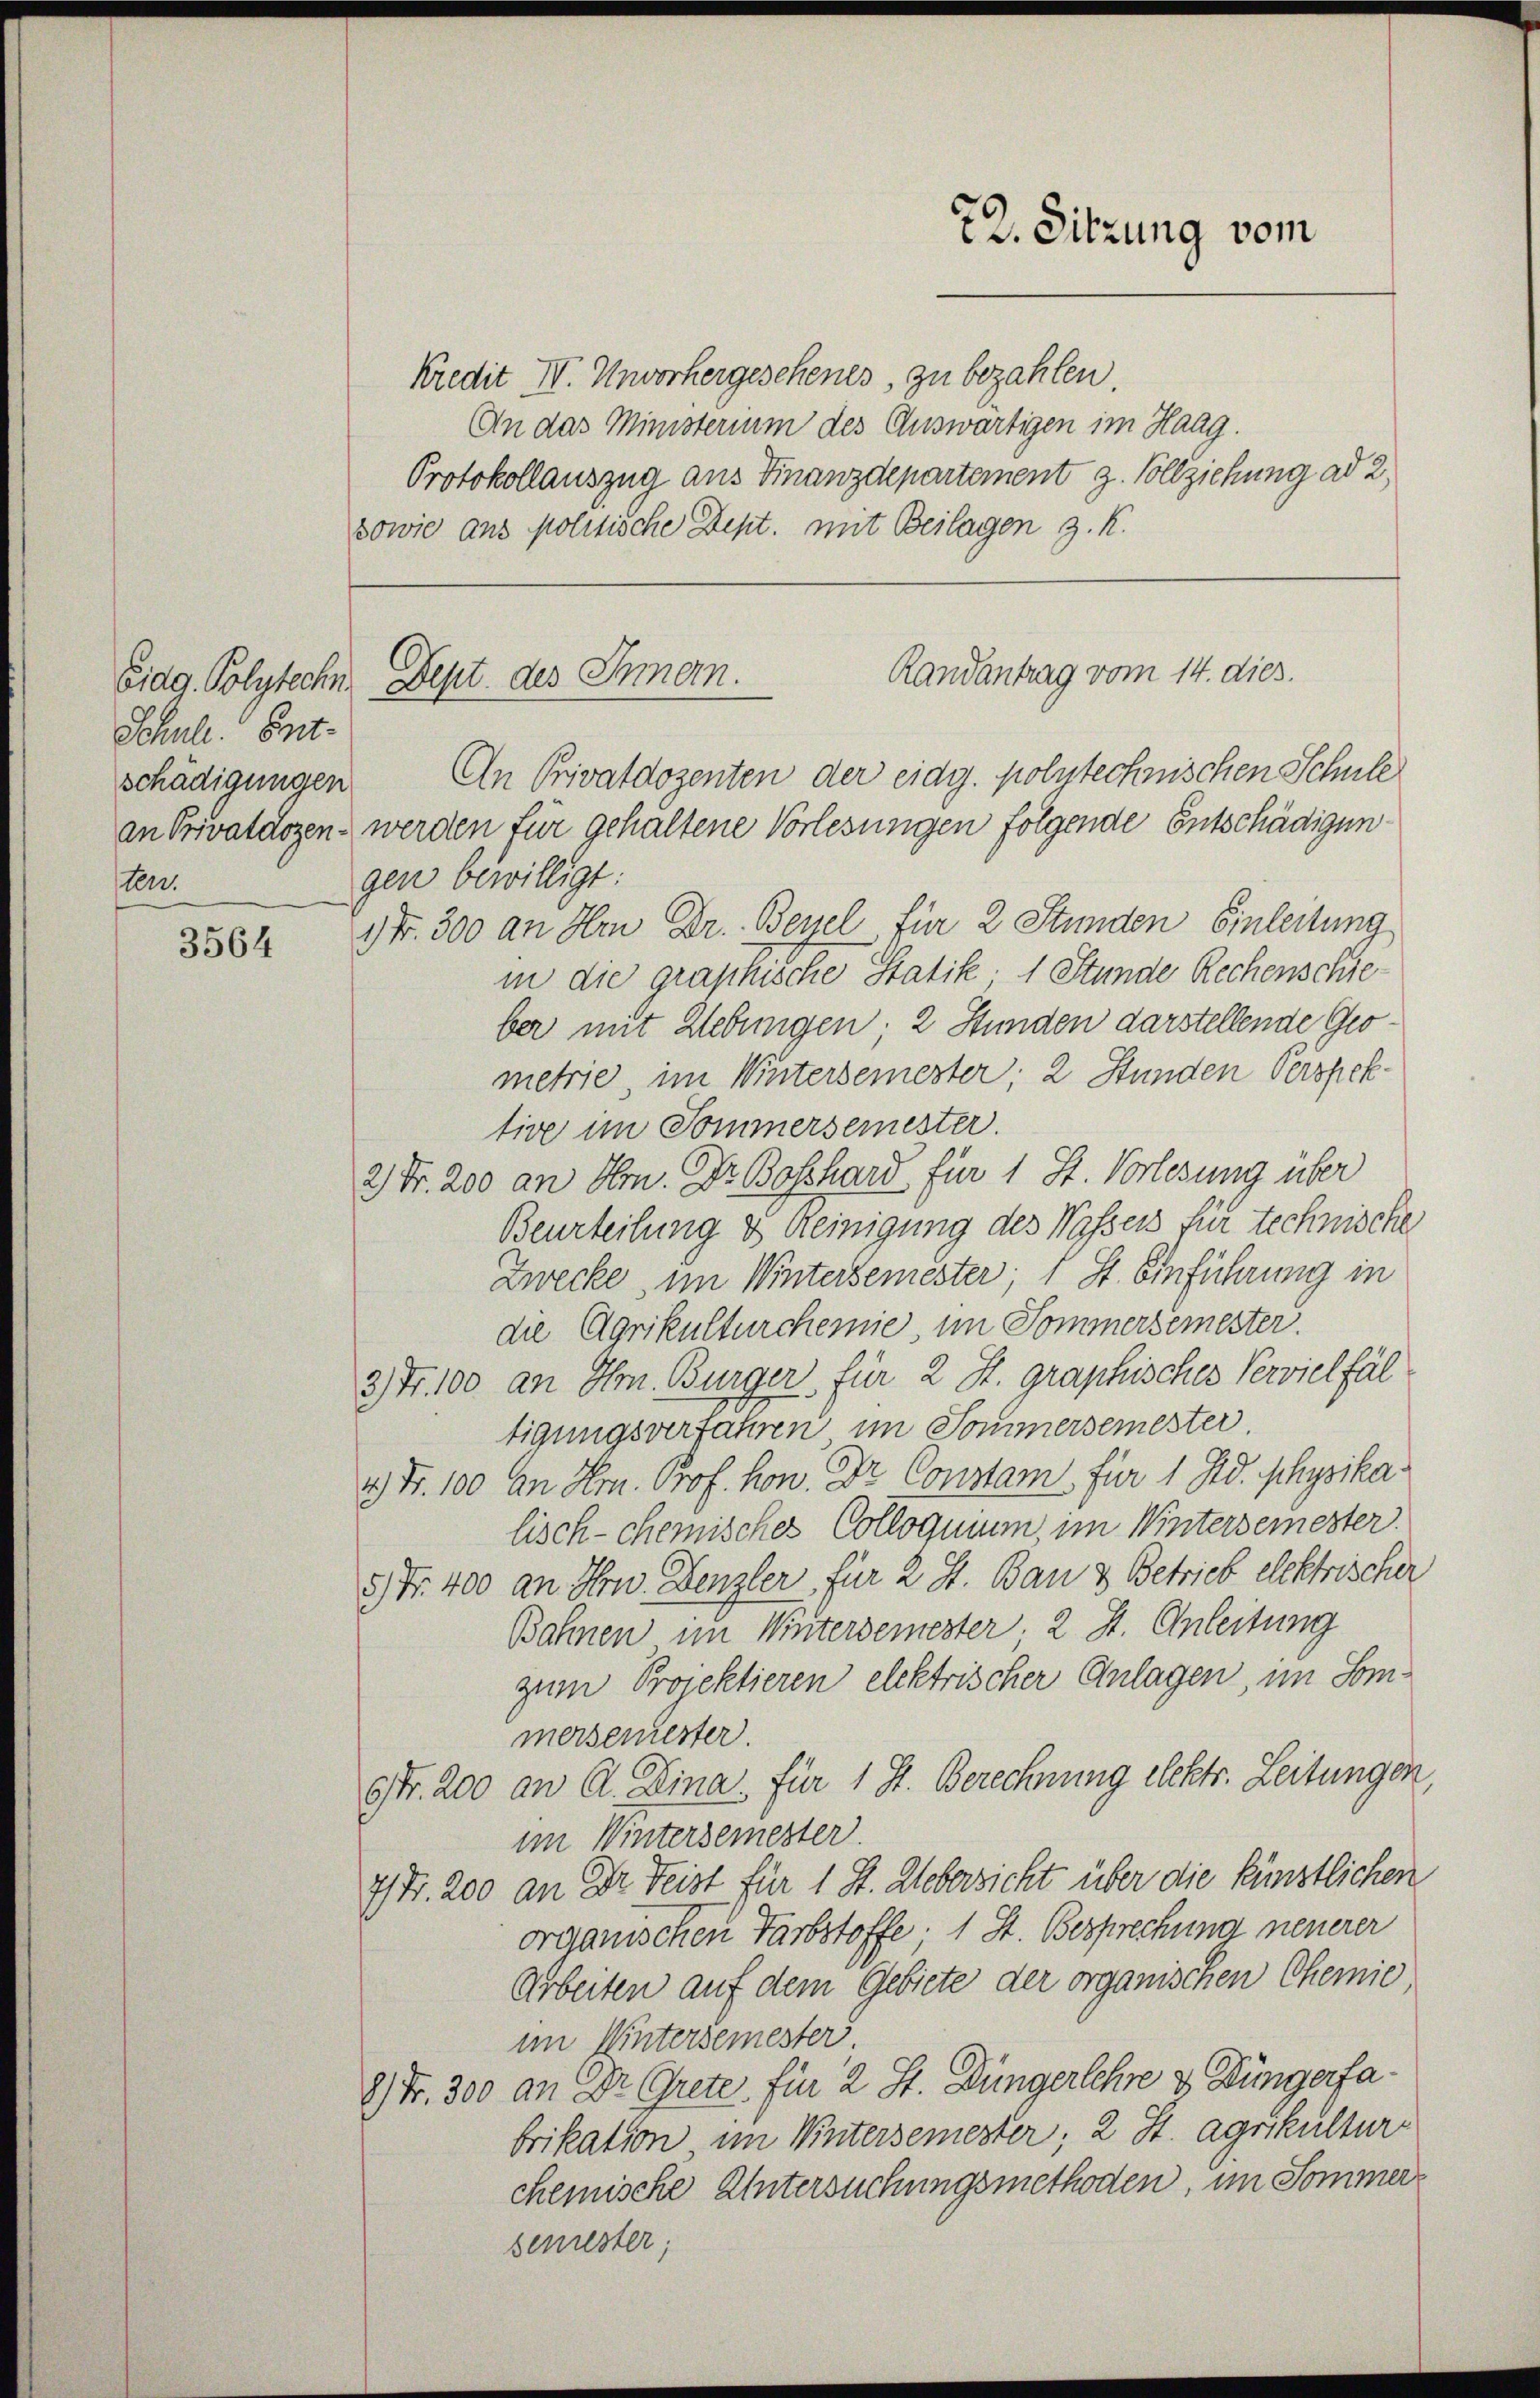
Schule. Entschädigungen
sten.

3564

kredit IV. Unvorhergeschenes, zu bezahlen
An das Ministerium des Auswärtigen im Haag.
Protokollauszug aus Finanzdepartement z. Vollziehung ad 2
sowie aus politische Dept. mit Beilagen z. K.

22. Sitzung vom

Randantrag vom 14. dies.
Eidg. Polytechn. Dept. des Chmern.

An Privatdozenten der eidg. polytechnischen Schule
an Privatdozen werden für gehaltene Vorlesungen folgende Entschädigungen bewilligt:
3 Fr. 300 an Hrn Dr. Bessel für 2 Stunden Einleitung
in die graphische Statik 1 Stunde Rechenschieber mit Zlebungen; 2 Stunden darstellende Geometrie im Wintersemester, 2 Stunden Perspektive im Sommersemester.
2) Fr. 200 an Hrn. Dr. Boßhard für 1 St. Vorlesung über
Beurteilung & Reinigung des Wassers für technische
Zwecke, im Wintersemester, 1 St. Einführung in
die Agrikulturchemie, im Sommersemester.
3) Fr. 100 an Hrn. Bürger für 2 St. graphisches Vervielfäl
tigungsverfahren im Sommersemester.
4.) Fr. 100 an Hrn. Prof. hon. Dr. Constam für 1 Std. physika
lisch-chemisches Colloquium, im Wintersemester.
5) Fr. 400 an Hrn. Denzler für 2 J. Bau & Betrieb elektrischer
Bahnen im Wintersemester, 2 St. Anleitung
zum Projektieren elektrischer Anlagen, im Sommersemester.
str. 200 an Al. Dina. Für 1 St. Berechnung elektr. Leitungen,
im Wintersemester.
7) Fr. 200 an Dr. Beist für 1 St. Uebersicht über die künstlichen
organischen Farbstoffe, 1 St. Besprechung neuerer
Arbeiten auf dem Gebiete der organischen Chemie,
im Wintersemester
8) Fr. 300 an Dr. Grete für 2 S. Düngerlehre & Düngerfa
brikation im Wintersemester, 2 St. Agrikultur
chemische Untersuchungsmethoden, im Sommersenrester;